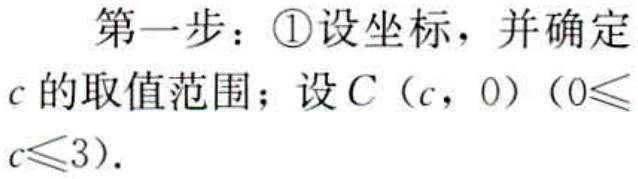
第一步：\textcircled{1}设坐标，并确定
\(c\)的取值范围；设\(C(c,0)\)（\(0\leqslant c\leqslant3\)）.